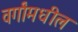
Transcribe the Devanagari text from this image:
वर्गांमधील